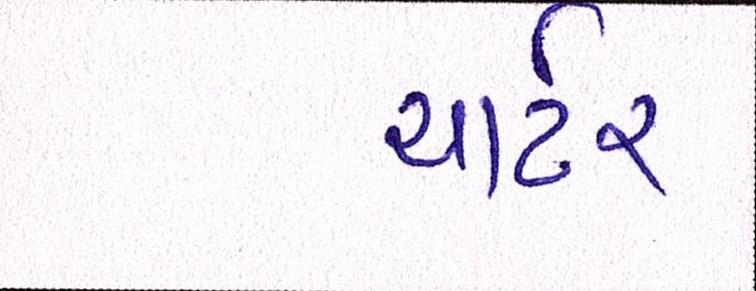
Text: ચાર્ટર